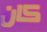
كان